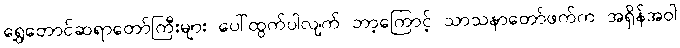
ရွှေတောင်ဆရာတော်ကြီးများ ပေါ်ထွက်ပါလျက် ဘာ့ကြောင့် သာသနာတော်ဖက်က အရှိန်အဝါ